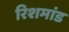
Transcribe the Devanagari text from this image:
रिशमांड